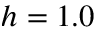
h = 1 . 0